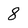
Character: 8